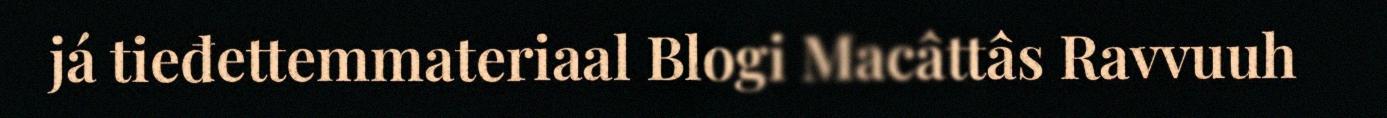
já tieđettemmateriaal Blogi Macâttâs Ravvuuh